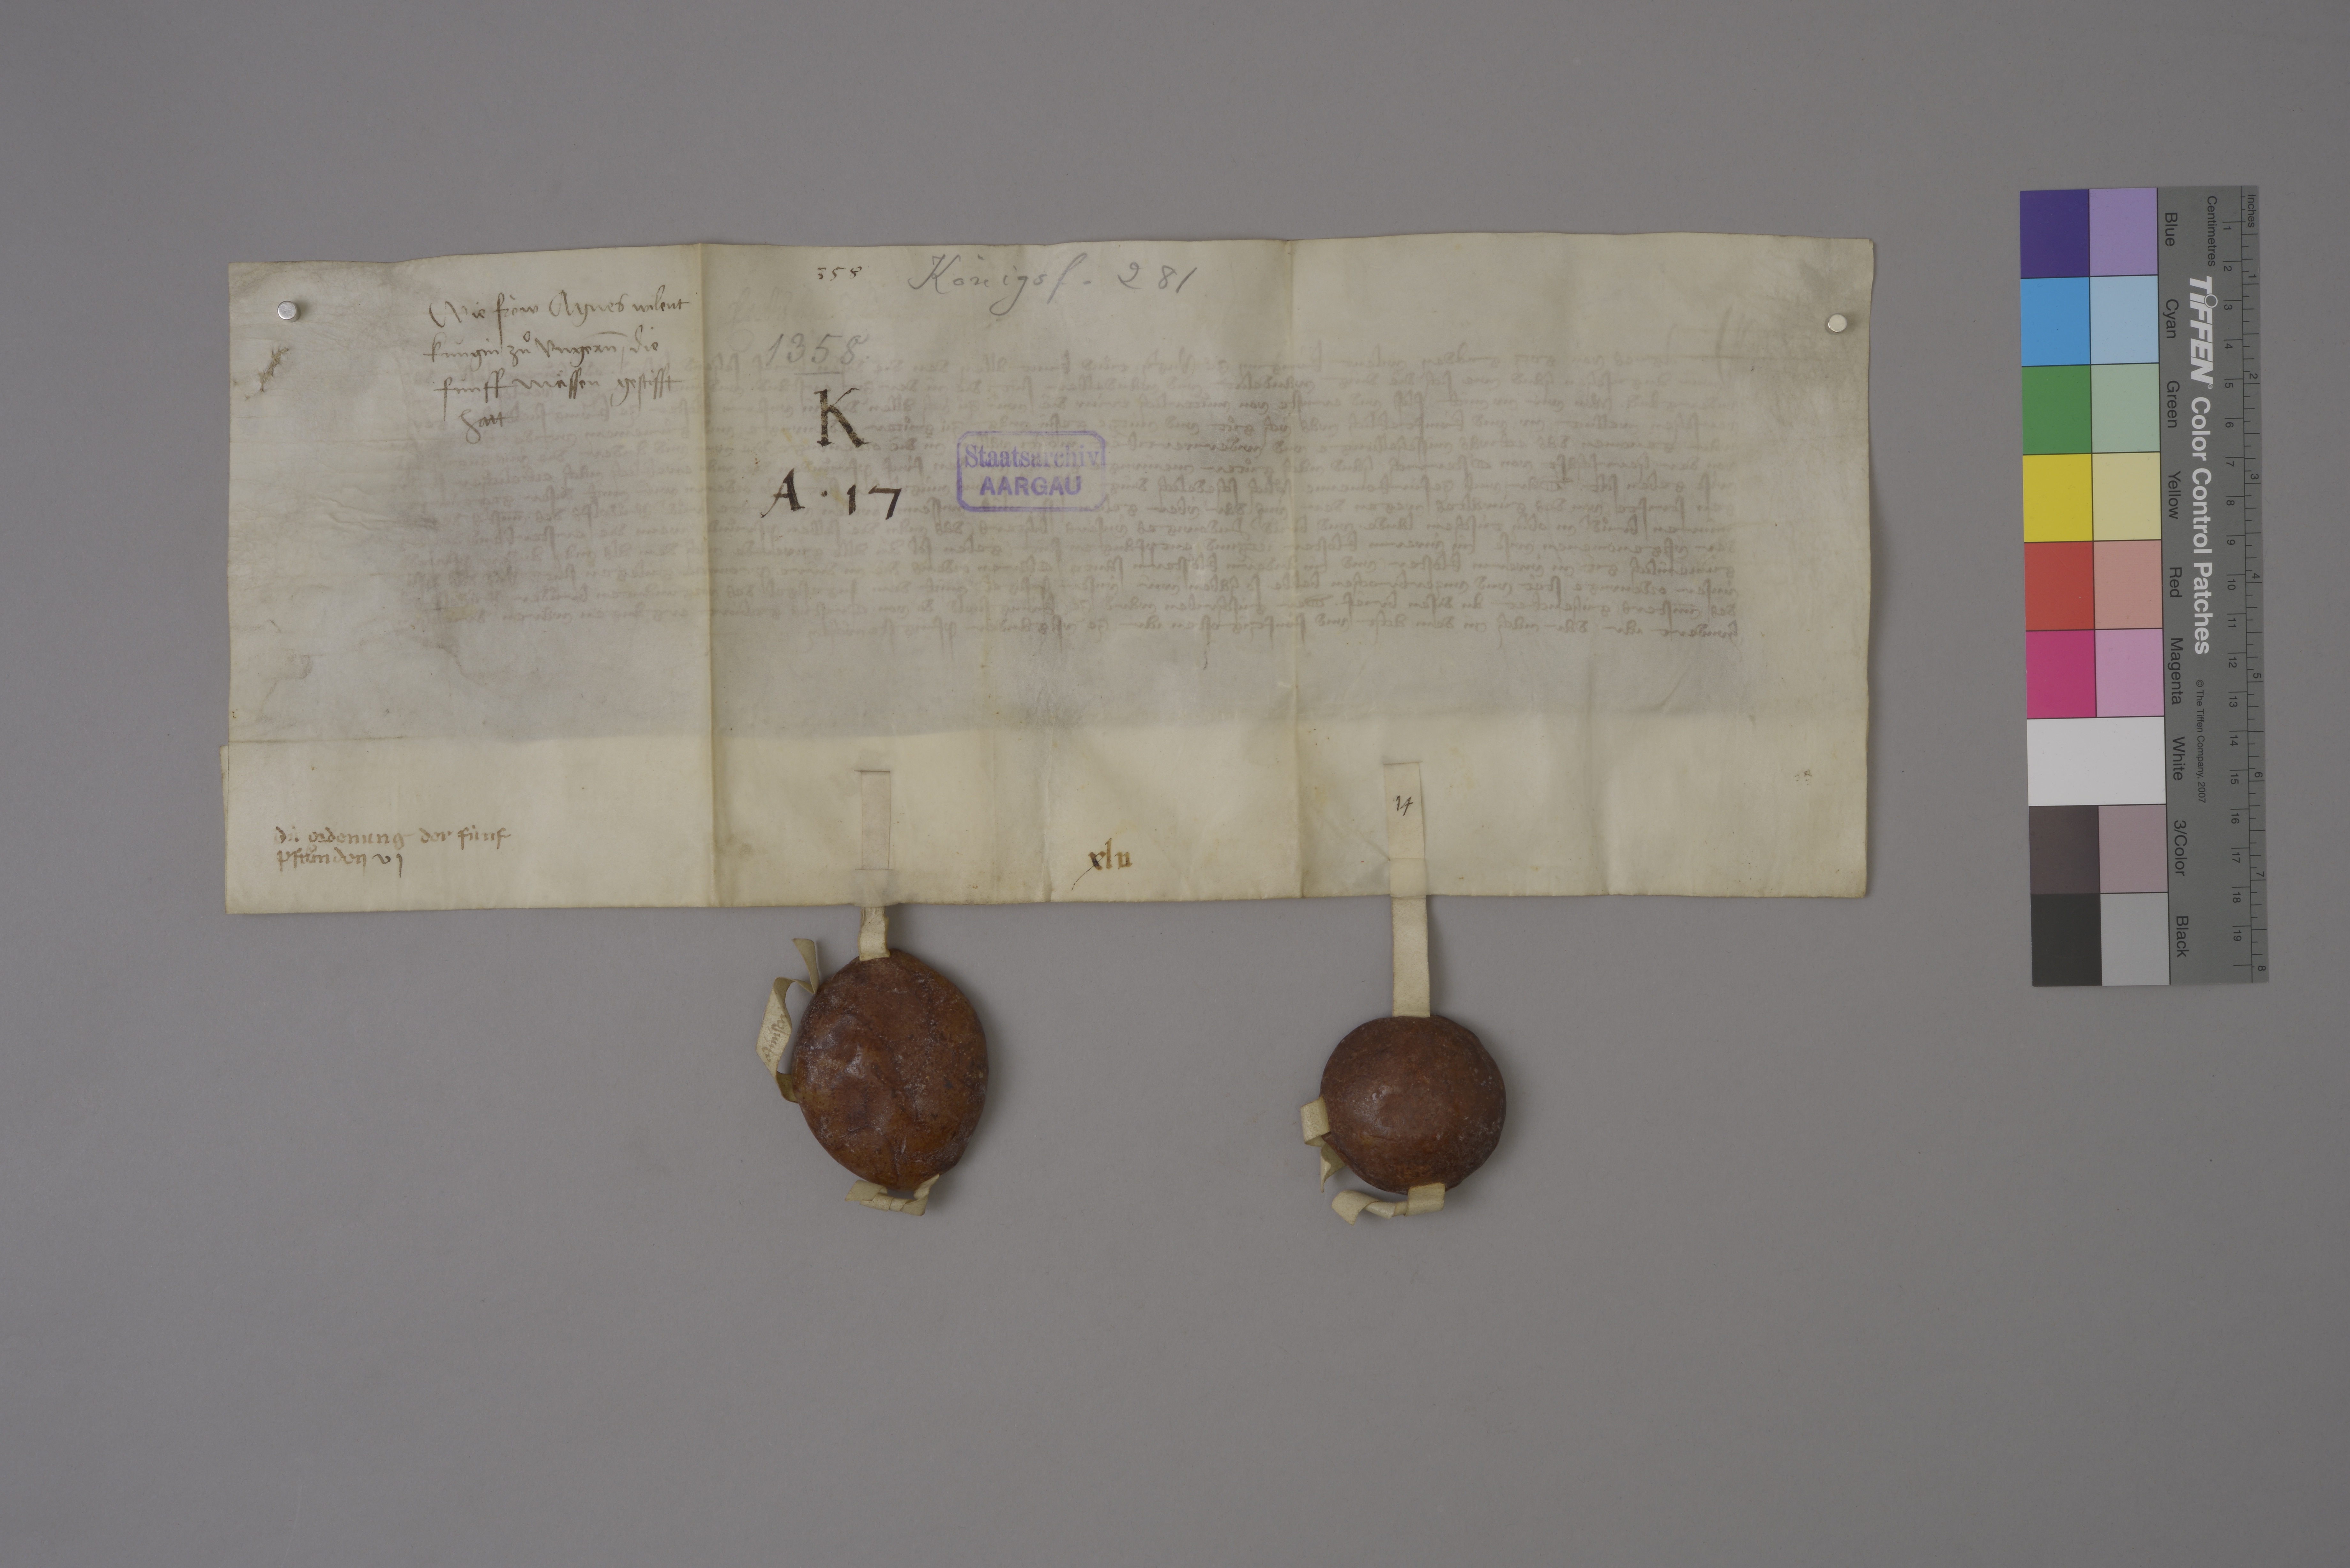
Transcription:
Königsf. 281

358

wie fròw Agnes wilent
kùngin zuͦ Ungern ✳ die
fùnff maͤssen gestifft
hatt

vor
✳

1358 ✳

K
A ✳ 17

Staatsarchiv
AARGAU

dù ordenung der fùnf
pfruͦnden

vj

xlv